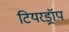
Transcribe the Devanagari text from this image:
टियरड्रॉप